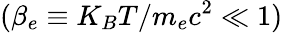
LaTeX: (\beta_{e}\equiv K_{B}T/m_{e}c^{2}\ll 1)